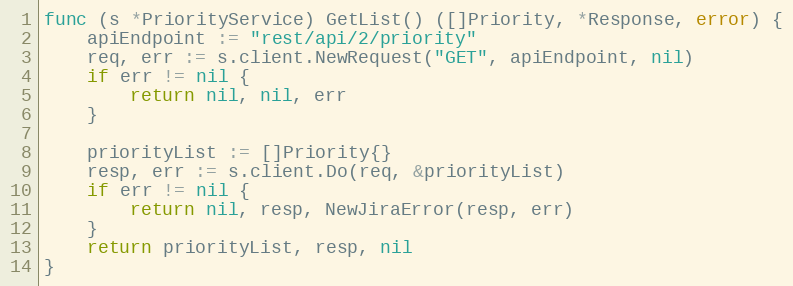
Language: Go
func (s *PriorityService) GetList() ([]Priority, *Response, error) {
	apiEndpoint := "rest/api/2/priority"
	req, err := s.client.NewRequest("GET", apiEndpoint, nil)
	if err != nil {
		return nil, nil, err
	}

	priorityList := []Priority{}
	resp, err := s.client.Do(req, &priorityList)
	if err != nil {
		return nil, resp, NewJiraError(resp, err)
	}
	return priorityList, resp, nil
}